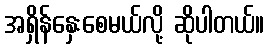
အရှိန်နှေးစေမယ်လို့ ဆိုပါတယ်။